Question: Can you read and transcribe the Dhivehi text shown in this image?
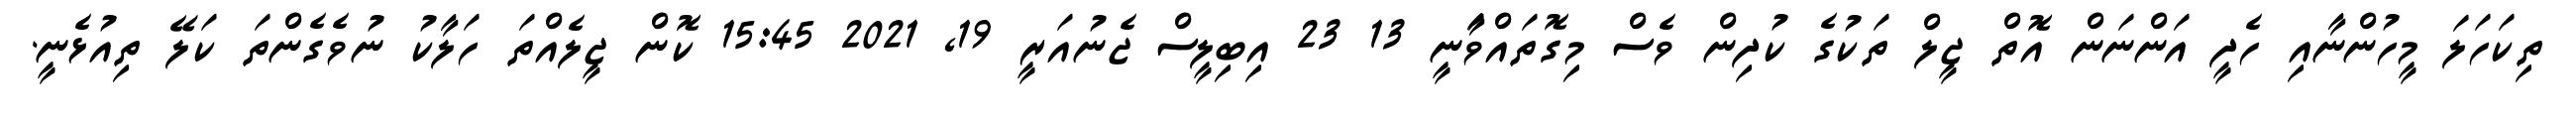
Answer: ތިކަހަލަ މީހުންނާއި ހެދީ އަންނަން އޮތް ޖީލް ތަކުގެ ކުދިން ވެސް މިގޮތައްވަާނީ 13 23 އިބިލީސް ޖެނުއަރީ 19, 2021 15:45 ކޮން ޖީލެއްތަ ހަލާކު ނުވެގެންތަ ކަލޭ ތިއުޅެނީ.